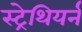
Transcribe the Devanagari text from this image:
स्ट्रेथियर्न